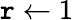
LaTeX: \mathtt{r}\gets1